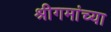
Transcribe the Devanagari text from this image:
श्रीगमांच्या